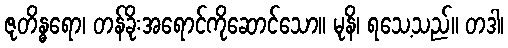
ဇုတိန္ဓရော၊ တန်ခိုးအရောင်ကိုဆောင်သော။ မုနိ၊ ရသေ့သည်။ တဒါ၊